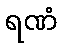
ရဏံ